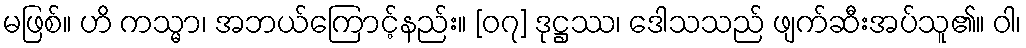
မဖြစ်။ ဟိ ကသ္မာ၊ အဘယ်ကြောင့်နည်း။ [၀၇] ဒုဋ္ဌဿ၊ ဒေါသသည် ဖျက်ဆီးအပ်သူ၏။ ဝါ၊